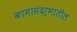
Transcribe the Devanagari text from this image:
कामासंदर्भातील